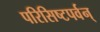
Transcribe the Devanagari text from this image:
परिसिष्टपर्वन्‌